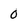
Character: 0